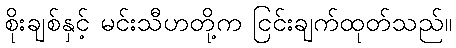
စိုးချစ်နှင့် မင်းသီဟတို့က ငြင်းချက်ထုတ်သည်။